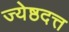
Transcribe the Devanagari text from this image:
ज्येष्ठदत्त